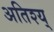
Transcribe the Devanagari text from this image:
अतिश्य्